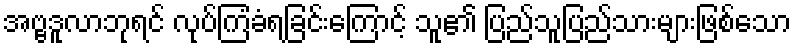
အဗ္ဗဒူလာဘုရင် လုပ်ကြံခံရခြင်းကြောင့် သူ၏ ပြည်သူပြည်သားများဖြစ်သော